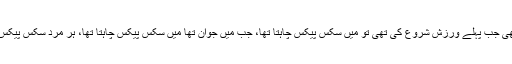
’میں نے بھی جب پہلے ورزش شروع کی تھی تو میں سکس پیکس چاہتا تھا، جب میں جوان تھا میں سکس پیکس چاہتا تھا، ہر مرد سکس پیکس چاہتا ہے۔